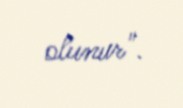
olunur".